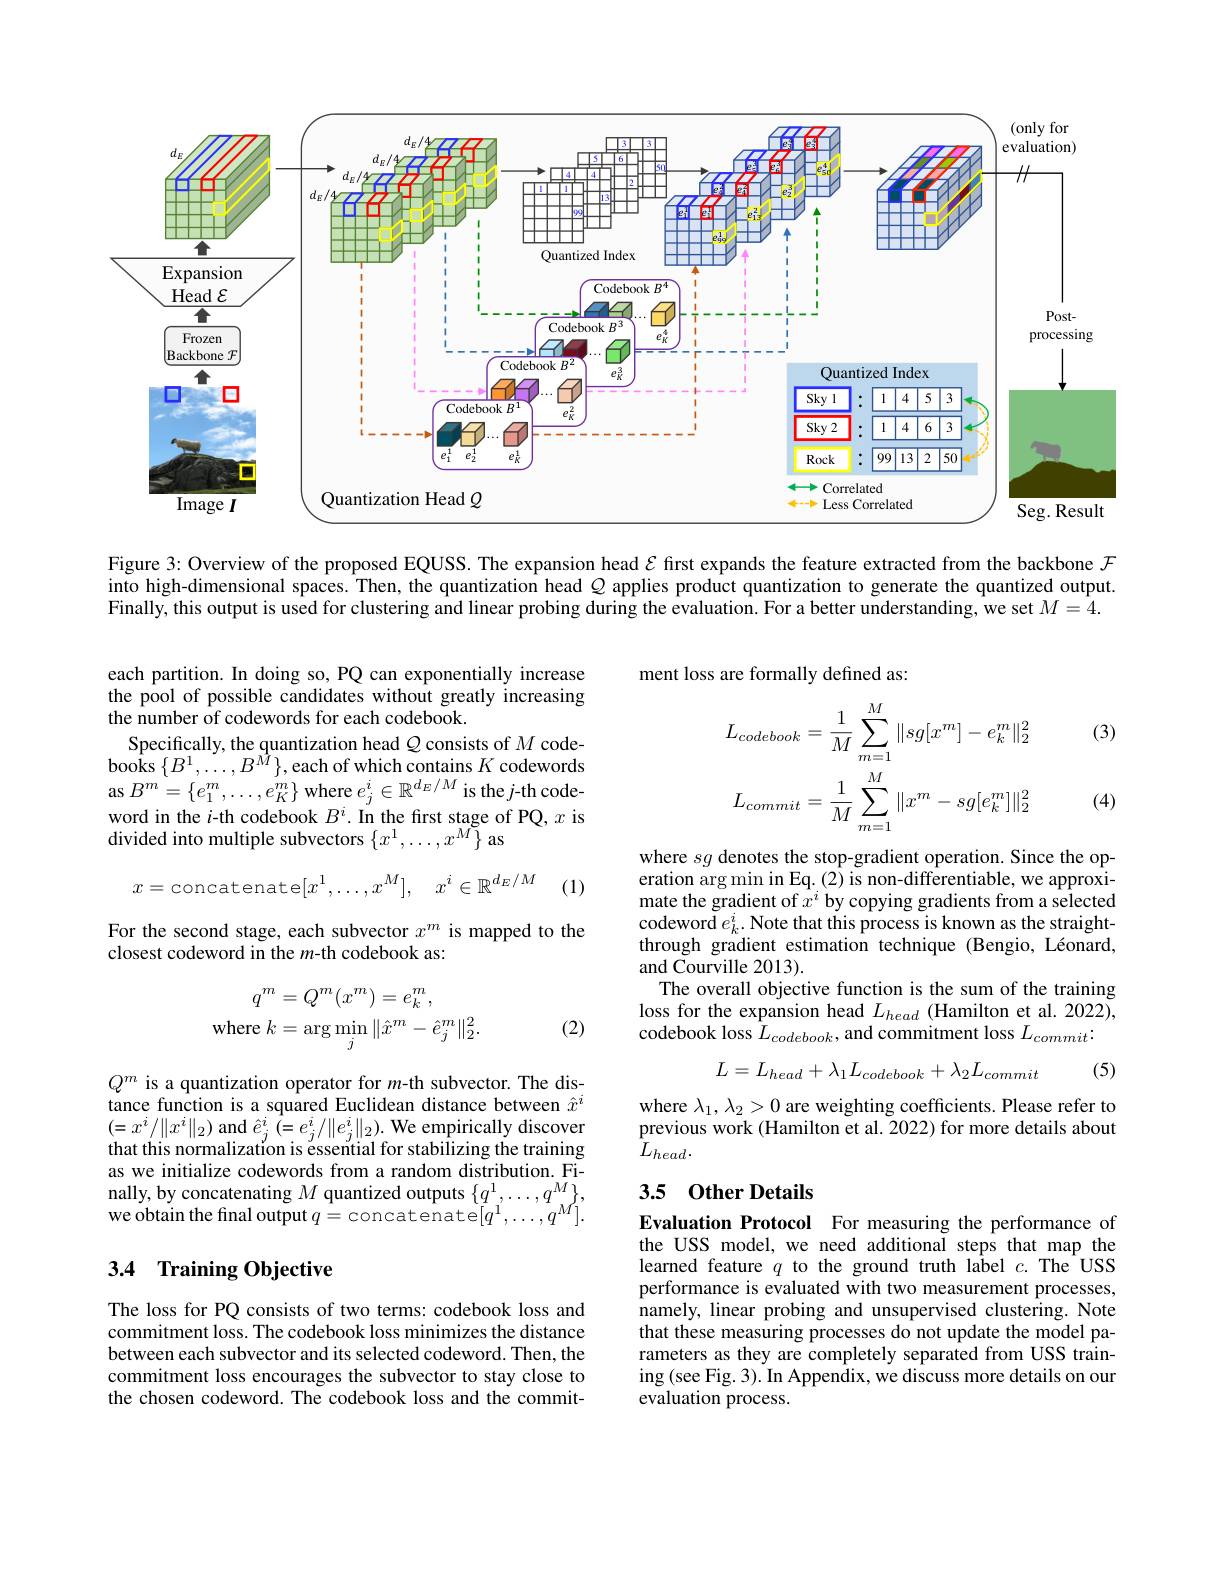
<FigureHere>

Figure 3: Overview of the proposed EQUSS. The expansion head $\mathcal{E}$ fırst expands the feature extracted from the backbone $\mathcal{F}$ into high-dimensional spaces. Then, the quantization head $Q$ applies product quantization to generate the quantized output. Finally, this output is used for clustering and linear probing during the evaluation. For a better understanding, we set $M=4.$

ment loss are formally defined as:

(3)

each partition. In doing so, PQ can exponentially increase the pool of possible candidates without greatly increasing the number of codewords for each codebook.
Specifically, the quantization head $Q$ consists of $M$ codebooks $\{B^{1},\ldots,B^{\hat{M}}\}$,each of which contains $K$ codewords as $B^{m}=\{e_{1}^{m},\ldots,e_{K}^{m}\}$ where $e_j^i\in\mathbb{R}^{d_{E}/M}$ is the $j$-th codeword in the $i$-th codebook $B^i.$ In the first stage of PQ, $x$ is divided into multiple subvectors $\{x^1,\ldots,x^M\}$ as
$$L_{codebook}=\frac{1}{M}\sum_{m=1}^{M}\|sg[x^{m}]-e_{k}^{m}\|_{2}^{2}\\L_{commit}=\frac{1}{M}\sum_{m=1}^{M}\|x^{m}-sg[e_{k}^{m}]\|_{2}^{2}$$
(4)
$$x=\text{concatenate}[x^1,\dots,x^M],\quad x^i\in\mathbb{R}^{d_E/M}$$
(1)

For the second stage, each subvector $x^m$ is mapped to the
closest codeword in the $m$-th codebook as:

where $sg$ denotes the stop-gradient operation. Since the operation arg min in Eq.(2) is non-differentiable, we approximate the gradient of $\hat{x}^i$ by copying gradients from a selected codeword $e_k^i.$ Note that this process is known as the straightthrough gradient estimation technique (Bengio, Léonard, and Courville 2013).
The overall objective function is the sum of the training loss for the expansion head $L_{head}$ (Hamilton et al. 2022), codebook loss $L_{codebook}$, and commitment loss $L_commit.$
$$\begin{aligned}q^m&=Q^m(x^m)=e_k^m,\\\text{where}k&=\arg\min_j\|\hat x^m-\hat e_j^m\|_2^2.\end{aligned}$$
(2)
$$L=L_{head}+\lambda_{1}L_{codebook}+\lambda_{2}L_{commit}$$
(5)

where $\lambda_1,\lambda_2>0$ are weighting coefficients. Please refer to previous work (Hamilton et al. 2022) for more details about $L_{head}.$

$Q^m$ is a quantization operator for $m$-th subvector. The distance function is a squared Euclidean distance between $\hat{x}^i$ $\begin{array}{l}(=x^i/\|x^i\|_2)\text{ and }\hat{e}_j^i\:(=e_j^i/\|e_j^i\|_2).\text{ We empirically discover}\\\text{that this normalization is essential for stabilizing the training}\end{array}$ as we initialize codewords from a random distribution. Finally, by concatenating $M$ quantized outputs $\{q^1,\ldots,q^M\}$, we obtain the final output $q=$concatenate$[q^1,\ldots,q^M].$

## 3.5 Other Details

### 3.4 Training Objective

Evaluation Protocol For measuring the performance of the USS model, we need additional steps that map the learned feature $q$ to the ground truth label $c.$ The USS performance is evaluated with two measurement processes, namely, linear probing and unsupervised clustering. Note that these measuring processes do not update the model parameters as they are completely separated from USS training (see Fig. 3). In Appendix, we discuss more details on our evaluation process.

The loss for PQ consists of two terms: codebook loss and commitment loss. The codebook loss minimizes the distance between each subvector and its selected codeword. Then, the commitment loss encourages the subvector to stay close to the chosen codeword. The codebook loss and the commit-